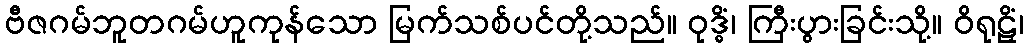
ဗီဇဂမ်ဘူတဂမ်ဟူကုန်သော မြက်သစ်ပင်တို့သည်။ ဝုဒ္ဓိံ၊ ကြီးပွားခြင်းသို့။ ဝိရုဠှိံ၊